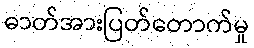
ဓာတ်အားပြတ်တောက်မှု